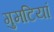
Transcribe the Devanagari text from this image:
गुमटियां